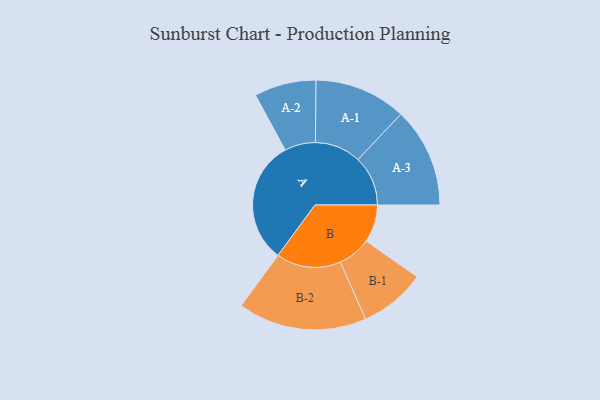
{"axis": {"x": "Segment", "y": "Value"}, "legend": ["", "A", "B"], "data": [{"x": "A", "y": 499, "type": ""}, {"x": "B", "y": 152, "type": ""}, {"x": "A-1", "y": 186, "type": "A"}, {"x": "A-2", "y": 125, "type": "A"}, {"x": "A-3", "y": 202, "type": "A"}, {"x": "B-1", "y": 134, "type": "B"}, {"x": "B-2", "y": 261, "type": "B"}]}